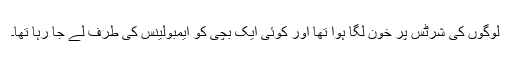
لوگوں کی شرٹس پر خون لگا ہوا تھا اور کوئی ایک بچی کو ایمبولینس کی طرف لے جا رہا تھا۔